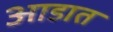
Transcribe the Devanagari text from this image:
आडात